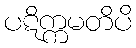
ပဋိက္ကမတိပိ